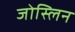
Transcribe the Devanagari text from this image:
जोस्लिन